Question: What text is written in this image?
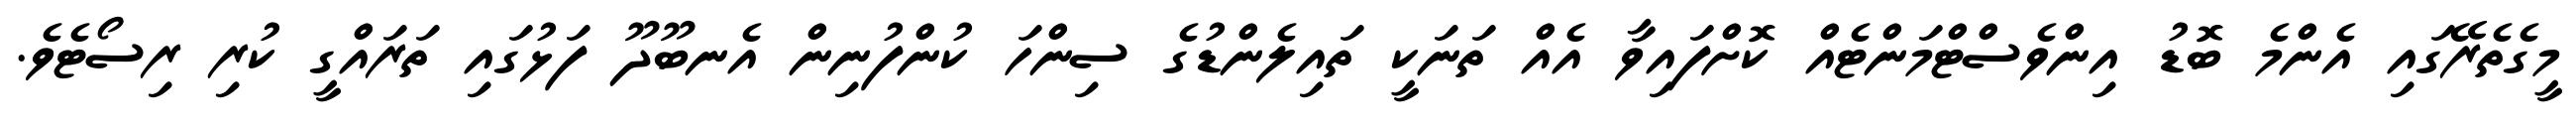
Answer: މީގެތެރޭގައި އެންމެ ބޮޑު އިންވެސްޓްމަންޓެއް ކޮށްފައިވާ އެއް ތަނަކީ ތައިލެންޑުގެ ސިންހަ ކުންފުނިން އެނބޫދޫ ފަޅުގައި ތަރައްގީ ކުރި ރިސޯޓެވެ.